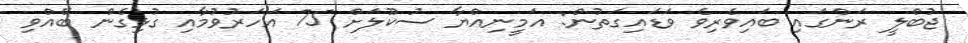
ޖުބްލީ ރަންގައި ބައިވެރިވެ ވަޑައިގަތުން: އަމީނިއްޔާ ސުކޫލަށް 75 އަހަރުވުމާއި ގުޅިގެން ބޭއްވި